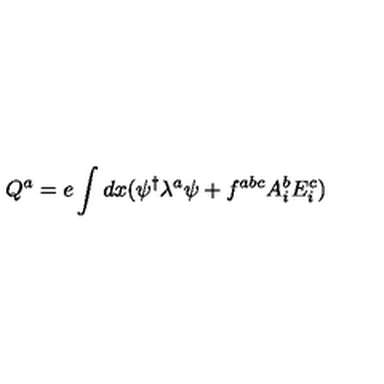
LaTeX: Q ^ { a } = e \int d x ( \psi ^ { \dagger } \lambda ^ { a } \psi + f ^ { a b c } A _ { i } ^ { b } E _ { i } ^ { c } )